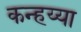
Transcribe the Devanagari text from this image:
कन्हय्या